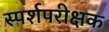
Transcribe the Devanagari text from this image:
स्पर्शपरीक्षक